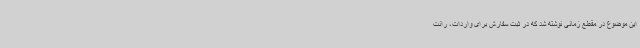
این موضوع در مقطع زمانی نوشته شد که در ثبت سفارش برای واردات، رانت